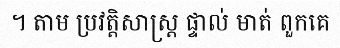
។ តាម ប្រវត្តិសាស្ត្រ ផ្ទាល់ មាត់ ពួកគេ